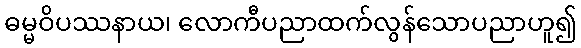
ဓမ္မဝိပဿနာယ၊ လောကီပညာထက်လွန်သောပညာဟူ၍